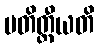
ပတိတ္ထီယတိ